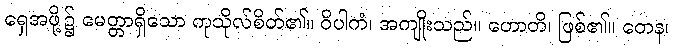
ရှေအဖို့၌ မေတ္တာရှိသော ကုသိုလ်စိတ်၏။ ဝိပါကံ၊ အကျိုးသည်။ ဟောတိ၊ ဖြစ်၏။ တေန၊